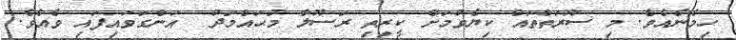
ހިމެނެއެވެ. މި ސޫރަތްތައް ކިޔެވުމަށް ކީރިތި ރަސޫލާ މުޙައްމަދު  އަންގަވައިފައި ވެއެވެ.